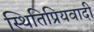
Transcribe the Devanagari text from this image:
स्थितिप्रियवादी